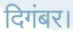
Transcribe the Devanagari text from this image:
दिगंबर।